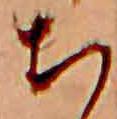
ち